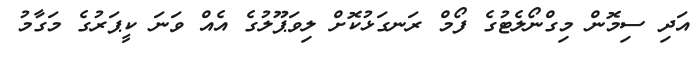
އަދި ސިމޮން މިގްނޯލެޓުގެ ފޯމް ރަނގަޅުކޮށް ލިވަޕޫލުގެ އެއް ވަނަ ކީޕަރުގެ މަގާމު